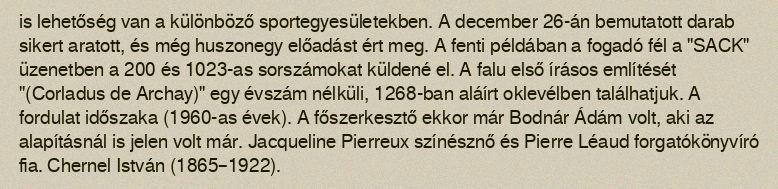
is lehetőség van a különböző sportegyesületekben. A december 26-án bemutatott darab sikert aratott, és még huszonegy előadást ért meg. A fenti példában a fogadó fél a "SACK" üzenetben a 200 és 1023-as sorszámokat küldené el. A falu első írásos említését "(Corladus de Archay)" egy évszám nélküli, 1268-ban aláírt oklevélben találhatjuk. A fordulat időszaka (1960-as évek). A főszerkesztő ekkor már Bodnár Ádám volt, aki az alapításnál is jelen volt már. Jacqueline Pierreux színésznő és Pierre Léaud forgatókönyvíró fia. Chernel István (1865–1922).